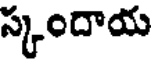
స్కందాయ